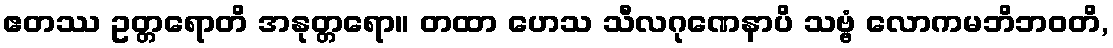
ဧတဿ ဥတ္တရောတိ အနုတ္တရော။ တထာ ဟေသ သီလဂုဏေနာပိ သဗ္ဗံ လောကမဘိဘဝတိ,